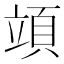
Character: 𥪙